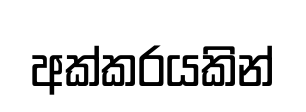
අක්කරයකින්